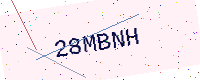
Text: 28MBNH